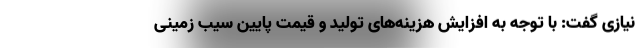
نیازی گفت: با توجه به افزایش هزینه‌های تولید و قیمت پایین سیب زمینی